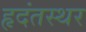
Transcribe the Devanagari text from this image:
हृदंतस्थर